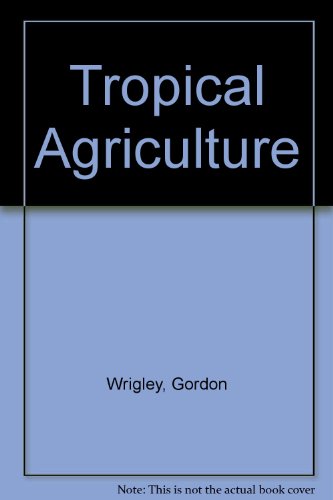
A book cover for Tropical Agriculture; Gordon Wrigley; Science & Math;